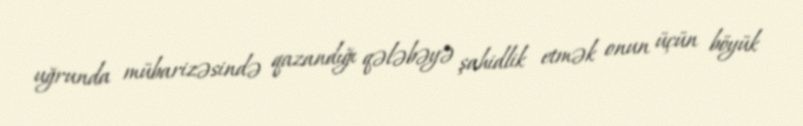
uğrunda mübarizəsində qazandığı qələbəyə şahidlik etmək onun üçün böyük